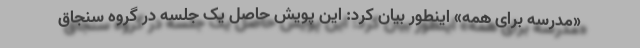
«مدرسه برای همه» اینطور بیان کرد: این پویش حاصل یک جلسه در گروه سنجاق